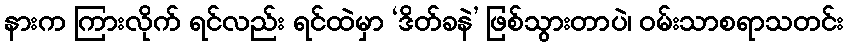
နားက ကြားလိုက် ရင်လည်း ရင်ထဲမှာ ‘ဒိတ်ခနဲ’ ဖြစ်သွားတာပဲ၊ ဝမ်းသာစရာသတင်း